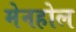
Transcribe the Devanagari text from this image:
मेनहोल